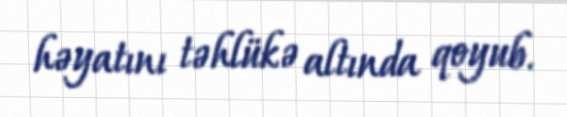
həyatını təhlükə altında qoyub.